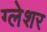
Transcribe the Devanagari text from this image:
ग्लेशर